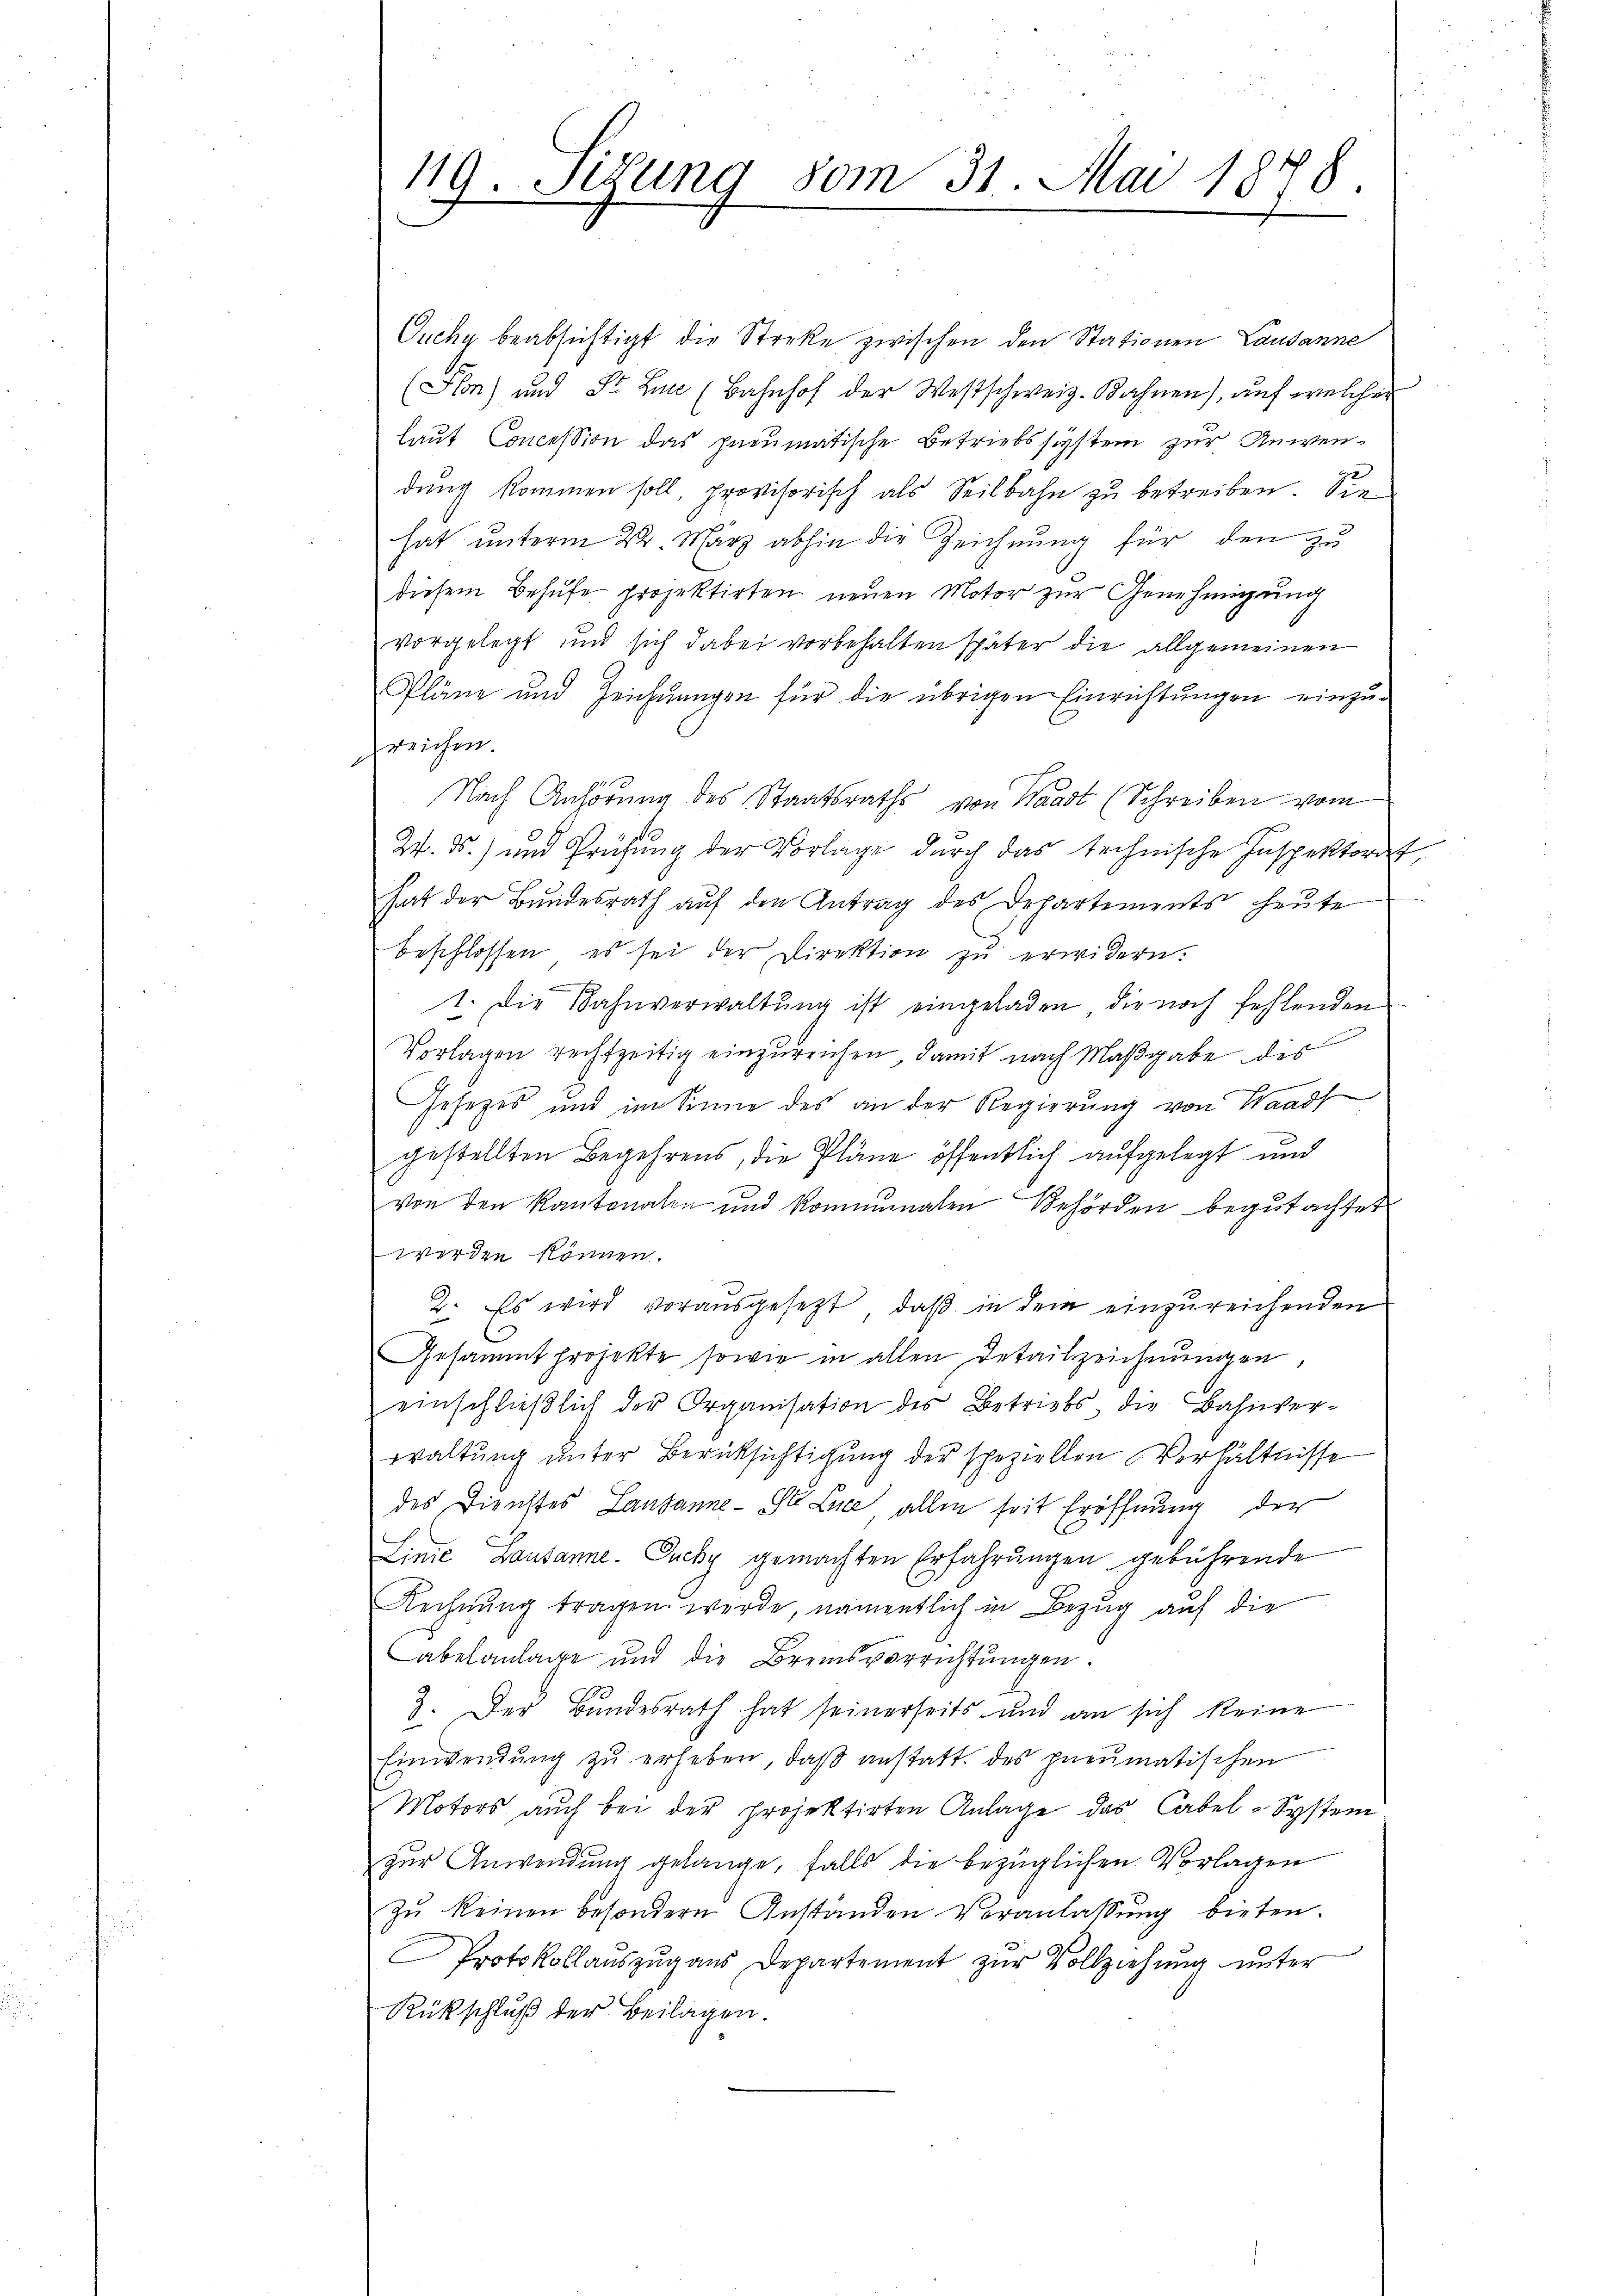
Ouchy beabsichtigt die Streke zwischen den Stationen Lausanne
(Slon) und Sr. Lun (Bahnhof der Westschweiz. Rahnen), aŭf welcher
laut Concession das pneumatische Betriebssystem zur Anwendung kommen soll, provisorisch als Seilbahn zu betreiben. Sie
hat unterm 22. März abhin die Zeichnung für den zu
diesem Behufe projektirten neuen Motor zur Genehmigung
vorgelegt und sich dabei vorbehalten später die allgemeinen
Pläne und Zeichnungen für die übrigen Einrichtungen einzugreichen.
Nach Anhörung des Staatsraths von Waadt (Schreiben vom
W. ds.) und Prüfung der Vorlage durch das technische Inspektorat,
hat der Bundesrath auf den Antrag des Departements heute
beschlossen, es sei der Direktion zŭ erwidern.
1. Die Bahnverwaltung ist eingeladen, die noch fehlenden
Vorlagen rechtzeitig einzureichen, damit nach Maßgabe des
Gesetzes und im Sinne des an der Regierung von Waad
gestellten Begehrens, die Pläne öffentlich aufgelegt und
von den Kantonalen und kommunalen Behörden begutachtet
werden können.
2. Es wird vorausgesezt, daß in dem einzureichenden
Gesammt projekte sowie in allen Detailzeichnungen,
einschlieβlich der Organisation des Betriebs, die Bahnver-
waltung unter Berücksichtigung der speziellen Verhältnisse
des Dienstes Lausanne - St. Luce, allen seit Eröffnung der
Linie Lausanne. Ouchy gemachten Erfahrŭngen gebührende
Rechnung tragen werde, namentlich in Bezug auf die
abelanlage und die Bremsverrichtungen.
3. Der Bundesrath hat seinerseits und an sich keine
Einwendung zu erheben, daß anstatt des pneumatischen
Motors auch bei der projektirten Anlage das Cabel-System
zur Anwendung gelange, falls die bezüglichen Vorlagen
zŭ keinen besondern Anständen Veranlassŭng bieten.
Protokollauszug aus Departement zur Vollziehung unter
Rückschluß der Beilagen.

119. Sitzung vom 31. Mai 1878.